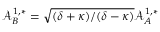
\mathcal { A } _ { B } ^ { 1 , * } = \sqrt { ( \delta + \kappa ) / ( \delta - \kappa ) } \mathcal { A } _ { A } ^ { 1 , * }